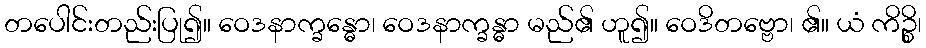
တပေါင်းတည်းပြု၍။ ဝေဒနာက္ခန္ဓော၊ ဝေဒနာက္ခန္ဓာ မည်၏ ဟူ၍။ ဝေဒိတဗ္ဗော၊ ၏။ ယံ ကိဉ္စိ၊